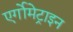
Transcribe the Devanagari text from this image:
एर्गोमेट्राइन